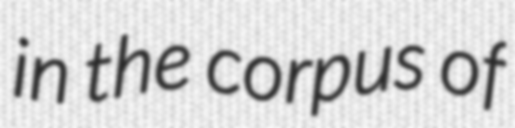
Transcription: in the corpus of